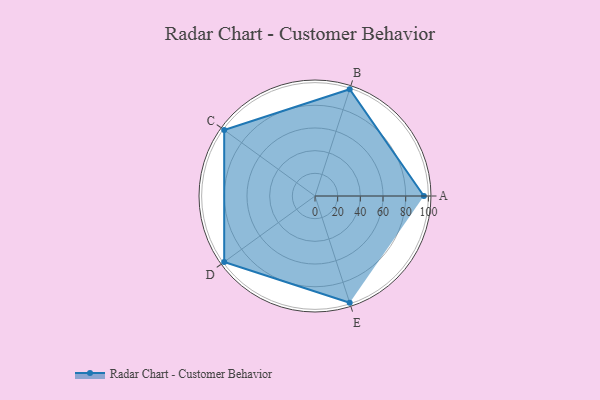
{"axis": {"x": "Skill", "y": "Score"}, "legend": ["Profile"], "data": [{"x": "A", "y": 96.0, "type": "Profile"}, {"x": "B", "y": 99.0, "type": "Profile"}, {"x": "C", "y": 99, "type": "Profile"}, {"x": "D", "y": 99, "type": "Profile"}, {"x": "E", "y": 99, "type": "Profile"}]}